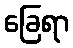
ခြေရာ